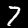
Label: 7